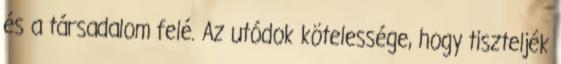
és a társadalom felé. Az utódok kötelessége, hogy tiszteljék